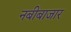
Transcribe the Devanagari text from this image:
नबीबाजार